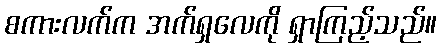
စကားလက်က အက်ရှလေကို ရှာကြည့်သည်။